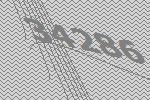
34286